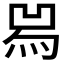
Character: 𤉡